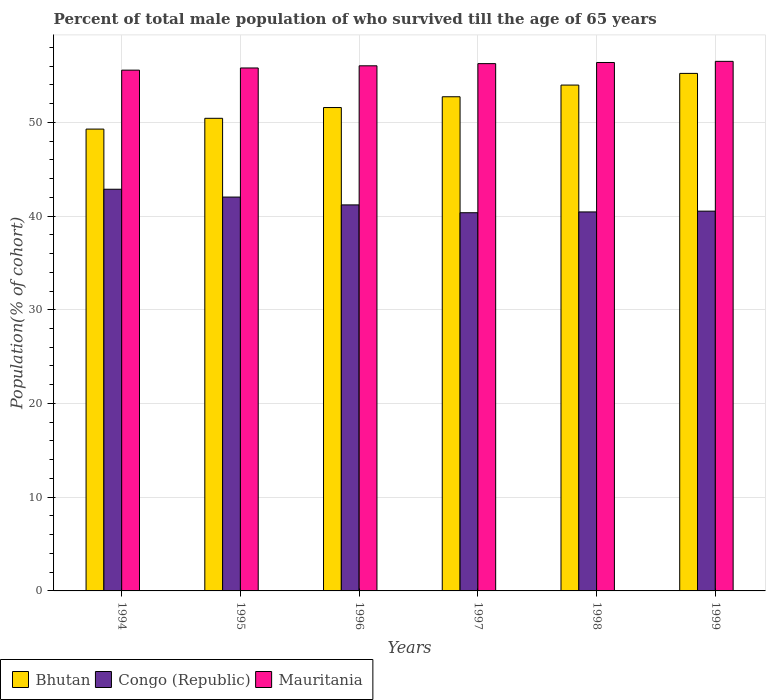
| Years | Bhutan | Congo (Republic) | Mauritania |
 | --- | --- | --- | --- |
 | 1994 | 49.3 | 42.9 | 55.6 |
 | 1995 | 50.4 | 42 | 55.8 |
 | 1996 | 51.6 | 41.2 | 56 |
 | 1997 | 52.7 | 40.4 | 56.3 |
 | 1998 | 54 | 40.4 | 56.4 |
 | 1999 | 55.2 | 40.5 | 56.5 |